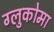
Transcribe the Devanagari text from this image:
ग्लुकोमा